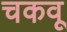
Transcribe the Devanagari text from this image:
चकवू